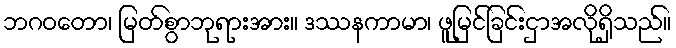
ဘဂဝတော၊ မြတ်စွာဘုရားအား။ ဒဿနကာမာ၊ ဖူမြင်ခြင်းငှာအလိုရှိသည်။